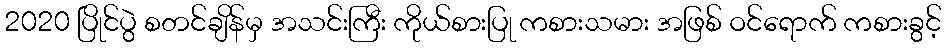
2020 ပြိုင်ပွဲ စတင်ချိန်မှ အသင်းကြီး ကိုယ်စားပြု ကစားသမား အဖြစ် ဝင်ရောက် ကစားခွင့်